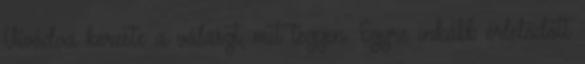
Vívódva kereste a választ, mit tegyen. Egyre inkább érlelődött